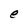
Character: e